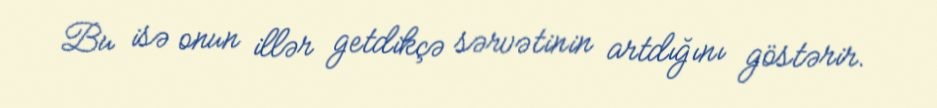
Bu isə onun illər getdikçə sərvətinin artdığını göstərir.